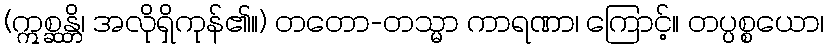
(ဣစ္ဆန္တိ၊ အလိုရှိကုန်၏။) တတော-တသ္မာ ကာရဏာ၊ ကြောင့်။ တပ္ပစ္စယော၊